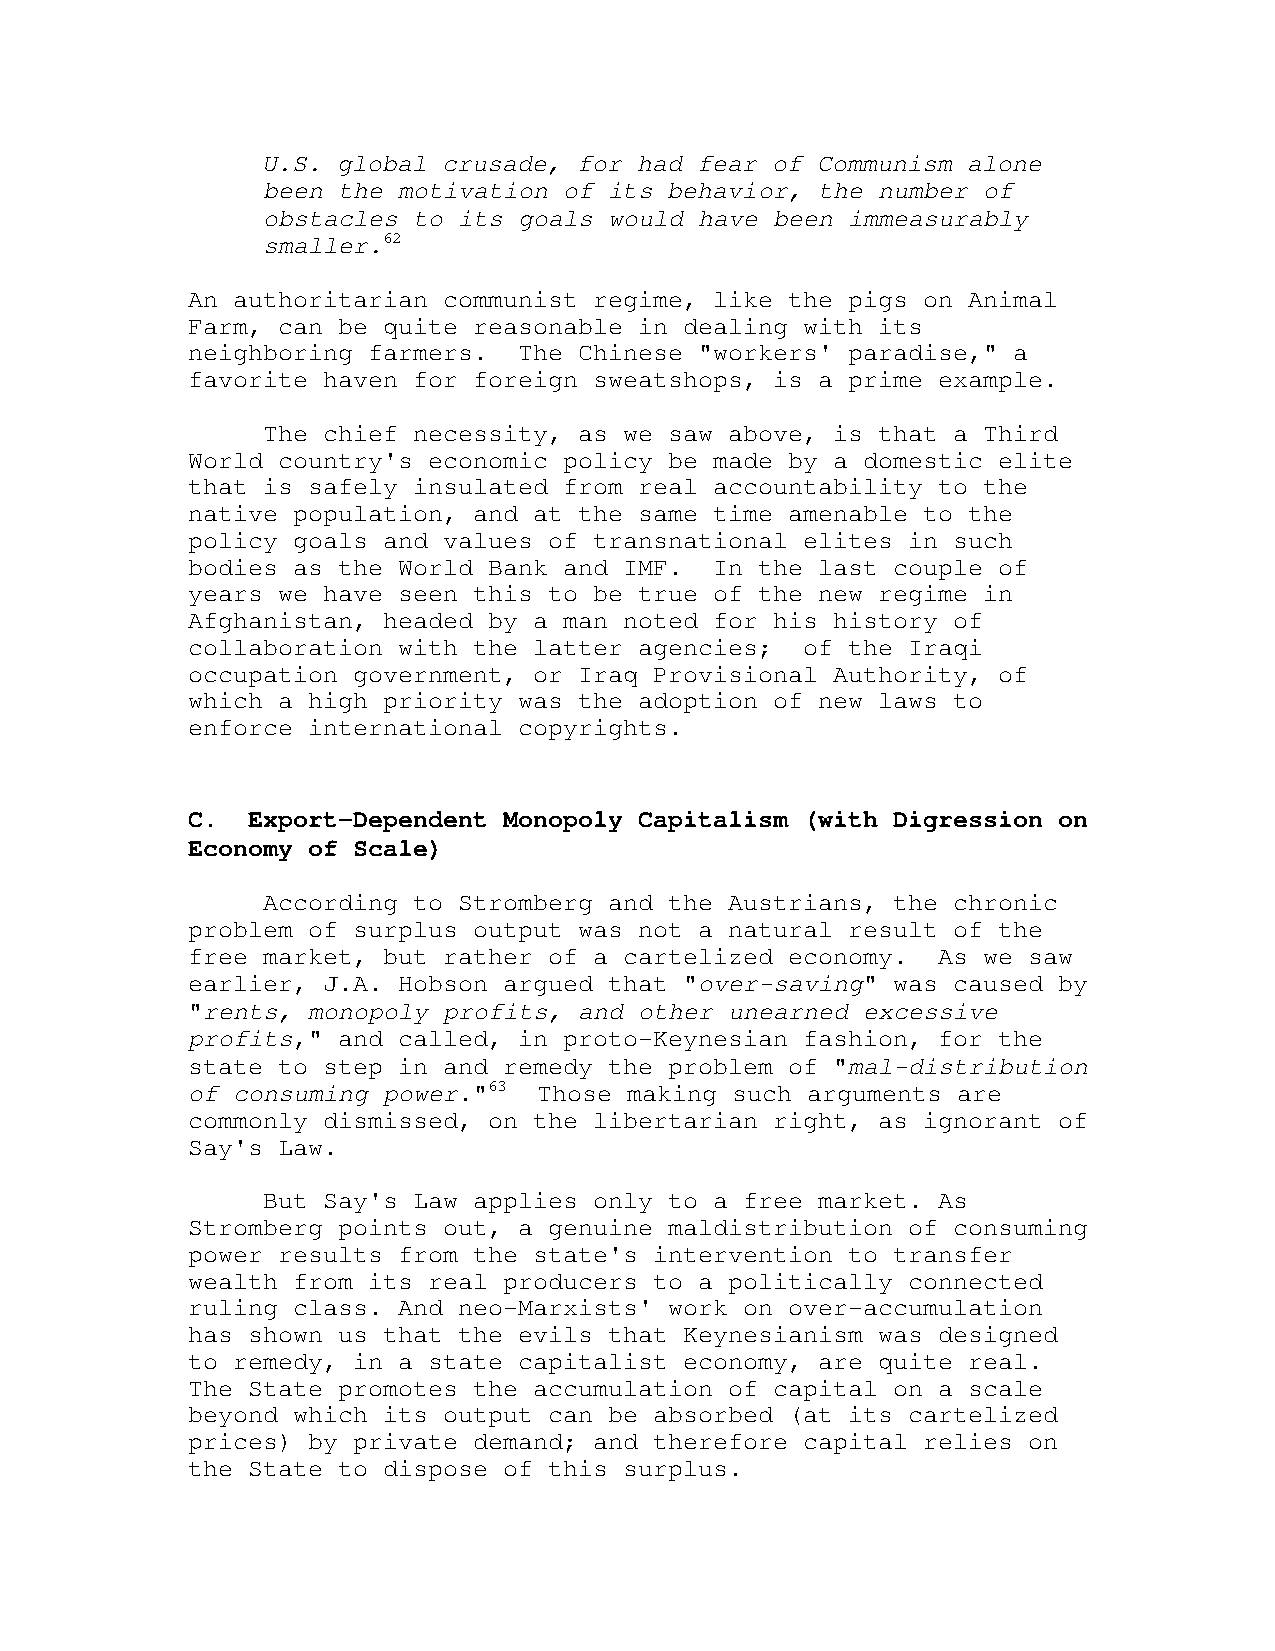
U.S. global crusade, for had fear of Communism alone
 been the motivation of its behavior, the number of
 obstacles to its goals would have been immeasurably
 smaller.62
 An authoritarian communist regime, like the pigs on Animal
 Farm, can be quite reasonable in dealing with its
 neighboring farmers.  The Chinese "workers' paradise," a
 favorite haven for foreign sweatshops, is a prime example.
 The chief necessity, as we saw above, is that a Third
 World country's economic policy be made by a domestic elite
 that is safely insulated from real accountability to the
 native population, and at the same time amenable to the
 policy goals and values of transnational elites in such
 bodies as the World Bank and IMF.  In the last couple of
 years we have seen this to be true of the new regime in
 Afghanistan, headed by a man noted for his history of
 collaboration with the latter agencies;  of the Iraqi
 occupation government, or Iraq Provisional Authority, of
 which a high priority was the adoption of new laws to
 enforce international copyrights.
 C.  Export-Dependent Monopoly Capitalism (with Digression on
 Economy of Scale)
 According to Stromberg and the Austrians, the chronic
 problem of surplus output was not a natural result of the
 free market, but rather of a cartelized economy.  As we saw
 earlier, J.A. Hobson argued that "over-saving" was caused by
 "rents, monopoly profits, and other unearned excessive
 profits," and called, in proto-Keynesian fashion, for the
 state to step in and remedy the problem of "mal-distribution
 of consuming power."63  Those making such arguments are
 commonly dismissed, on the libertarian right, as ignorant of
 Say's Law.
 But Say's Law applies only to a free market. As
 Stromberg points out, a genuine maldistribution of consuming
 power results from the state's intervention to transfer
 wealth from its real producers to a politically connected
 ruling class. And neo-Marxists' work on over-accumulation
 has shown us that the evils that Keynesianism was designed
 to remedy, in a state capitalist economy, are quite real.
 The State promotes the accumulation of capital on a scale
 beyond which its output can be absorbed (at its cartelized
 prices) by private demand; and therefore capital relies on
 the State to dispose of this surplus.